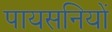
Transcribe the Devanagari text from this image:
पायसनियों